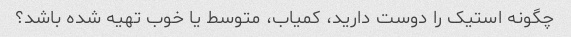
چگونه استیک را دوست دارید، کمیاب، متوسط ​​یا خوب تهیه شده باشد؟